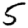
Digit: 5